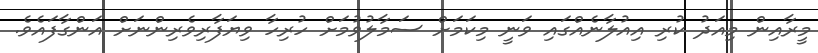
މީރާއިން މިއަދު ކުރި އިއުލާނެއްގައި ވަނީ މިކަމަށް ސަމާލުވުމަށް ހުރިހާ ވިޔަފާރިވެރިންނަށް އަންގާފައެވެ.